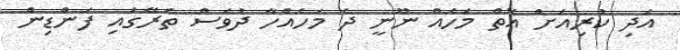
އަދި ކުރިއަށް އޮތް މަހެއް ނޫނީ ދެ މަހެއްހާ ދުވަސް ތެރޭގައި ފަންޑިން